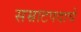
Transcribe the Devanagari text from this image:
सम्राटपदाचे